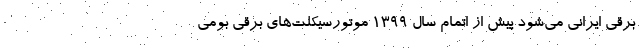
برقی ایرانی می‌شود پیش از اتمام سال ۱۳۹۹ موتورسیکلت‌های برقی بومی